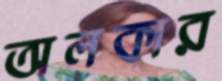
অলকার